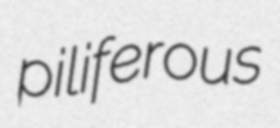
piliferous